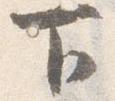
下